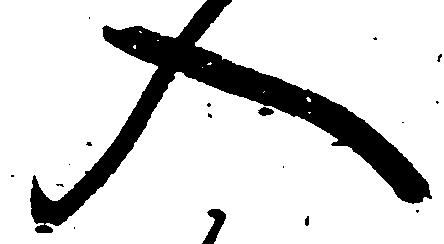
入